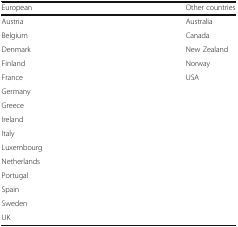
| European | Other countries |
 | --- | --- |
 | Austria | Australia |
 | Belgium | Canada |
 | Denmark | New Zealand |
 | Finland | Norway |
 | France | USA |
 | Germany |  |
 | Greece |  |
 | Ireland |  |
 | Italy |  |
 | Luxembourg |  |
 | Netherlands |  |
 | Portugal |  |
 | Spain |  |
 | Sweden |  |
 | UK |  |